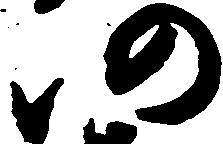
仍